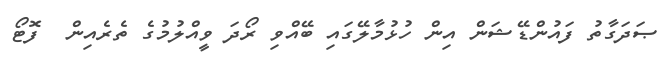
ޞަދަގާތު ފައުންޑޭޝަން އިން ހުޅުމާލޭގައި ބޭއްވި ރޯދަ ވީއްލުމުގެ ތެރެއިން  ފޮޓޯ